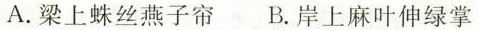
A.梁上蛛丝燕子帘 B.岸上麻叶伸绿掌